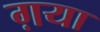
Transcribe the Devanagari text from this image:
ग़या